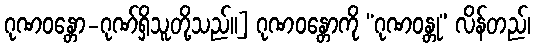
ဂုဏဝန္တော-ဂုဏ်ရှိသူတို့သည်။] ဂုဏဝန္တောကို “ဂုဏဝန္တု” လိန်တည်၊